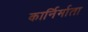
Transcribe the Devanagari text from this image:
कार्निर्माता